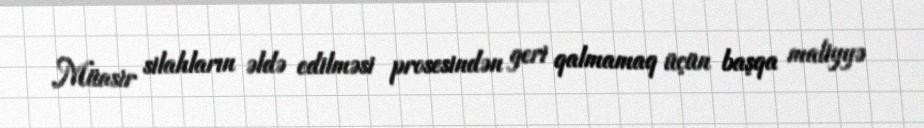
Müasir silahların əldə edilməsi prosesindən geri qalmamaq üçün başqa maliyyə